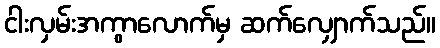
ငါးလှမ်းအကွာလောက်မှ ဆက်လျှောက်သည်။